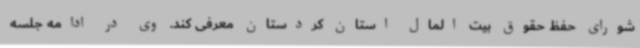
شورای حفظ حقوق بیت المال استان کردستان معرفی کند. وی در ادامه جلسه